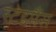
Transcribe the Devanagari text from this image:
स्टेडमैंस